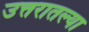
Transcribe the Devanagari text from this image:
उत्तरातल्या